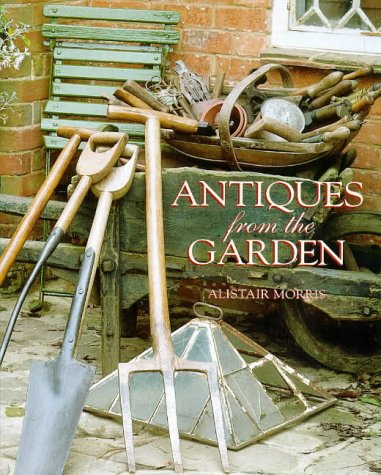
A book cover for Antiques From The Garden; Alistair Morris; Crafts, Hobbies & Home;